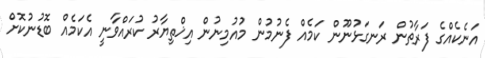
އަނެކެއްގެ ފަރާތުން ރަނގަޅުނޫން ކަމެއް ފެނުމުން މުއުމިނުން އިޚްތިޔާރު ކުރައްވާނީ އެކަމެއް ބޮޑުނުކޮށް